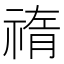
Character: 𥚨